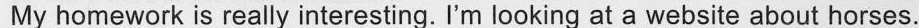
My homework is really interesting. I'm looking at a website about horses.